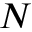
N